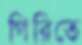
গিরিতে